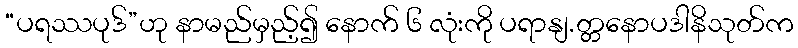
“ပရဿပုဒ်”ဟု နာမည်မှည့်၍ နောက် ၆ လုံးကို ပရာနျ.တ္တနောပဒါနိသုတ်က